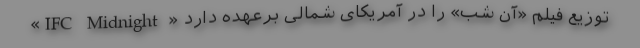
«IFC Midnight » توزیع فیلم «آن شب» را در آمریکای شمالی برعهده دارد